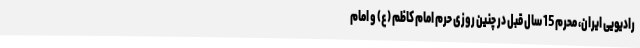
رادیویی ایران، محرم 15 سال قبل در چنین روزی حرم امام کاظم (ع) و امام